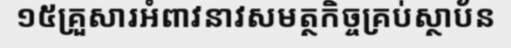
១៥គ្រួសារអំពាវនាវសមត្ថកិច្ចគ្រប់ស្ថាប័ន